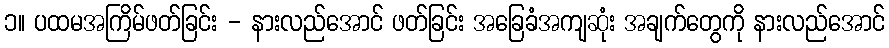
၁။ ပထမအကြိမ်ဖတ်ခြင်း - နားလည်အောင် ဖတ်ခြင်း အခြေခံအကျဆုံး အချက်တွေကို နားလည်အောင်